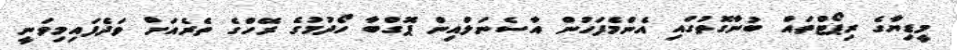
މީޑިޔާގެ ރިޕޯޓްތައް ބުނާގޮތުގައި އެންމެފަހުން އާސެނަލްއިން ޕޮގްބާ ހޯދުމުގެ ރޭހްގެ ތެރެއަށް ވަދެފައިމިވަނީ